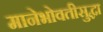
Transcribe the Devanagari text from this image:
मानेभोवतीसुद्धा